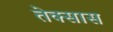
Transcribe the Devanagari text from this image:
तेक्सास